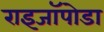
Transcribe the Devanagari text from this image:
राइजॉपोडा